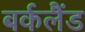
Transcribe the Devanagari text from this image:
बर्कलैंड